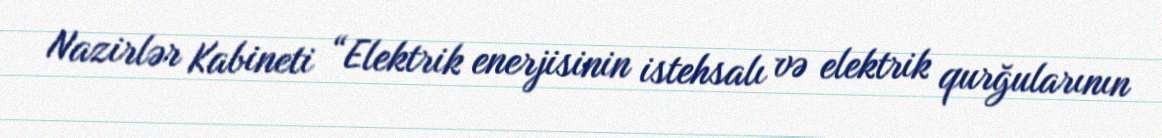
Nazirlər Kabineti “Elektrik enerjisinin istehsalı və elektrik qurğularının